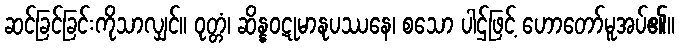
ဆင်ခြင်ခြင်းကိုသာလျှင်။ ဝုတ္တံ၊ ဆိန္နဝဋုမာနုပဿနေ၊ စသော ပါဌ်ဖြင့် ဟောတော်မူအပ်၏။